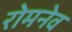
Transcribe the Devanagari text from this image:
रोमनेव